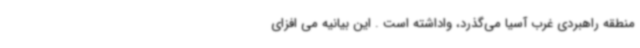
منطقه راهبردی غرب آسیا می‌گذرد، واداشته است . این بیانیه می افزای